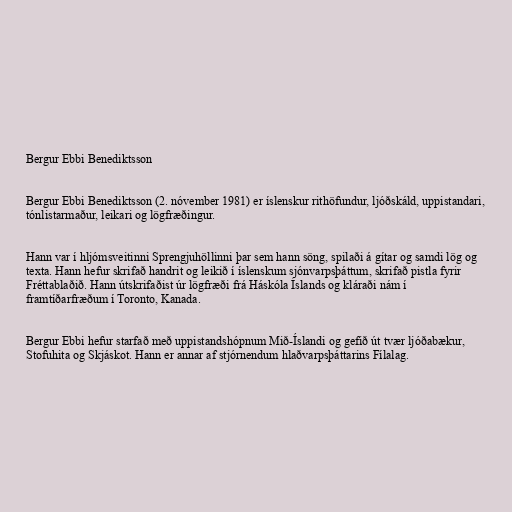
Bergur Ebbi Benediktsson

Bergur Ebbi Benediktsson (2. nóvember 1981) er íslenskur rithöfundur, ljóðskáld, uppistandari,
tónlistarmaður, leikari og lögfræðingur.

Hann var í hljómsveitinni Sprengjuhöllinni þar sem hann söng, spilaði á gítar og samdi lög og
texta. Hann hefur skrifað handrit og leikið í íslenskum sjónvarpsþáttum, skrifað pistla fyrir
Fréttablaðið. Hann útskrifaðist úr lögfræði frá Háskóla Íslands og kláraði nám í
framtíðarfræðum í Toronto, Kanada.

Bergur Ebbi hefur starfað með uppistandshópnum Mið-Íslandi og gefið út tvær ljóðabækur,
Stofuhita og Skjáskot. Hann er annar af stjórnendum hlaðvarpsþáttarins Fílalag.